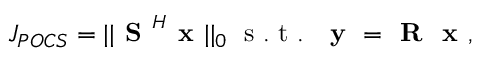
J _ { P O C S } = | | \textbf { S } ^ { H } \textbf { x } | | _ { 0 } \; \mathrm { ~ s ~ . ~ t ~ . ~ } \; \textbf { y } = \textbf { R } \textbf { x } ,